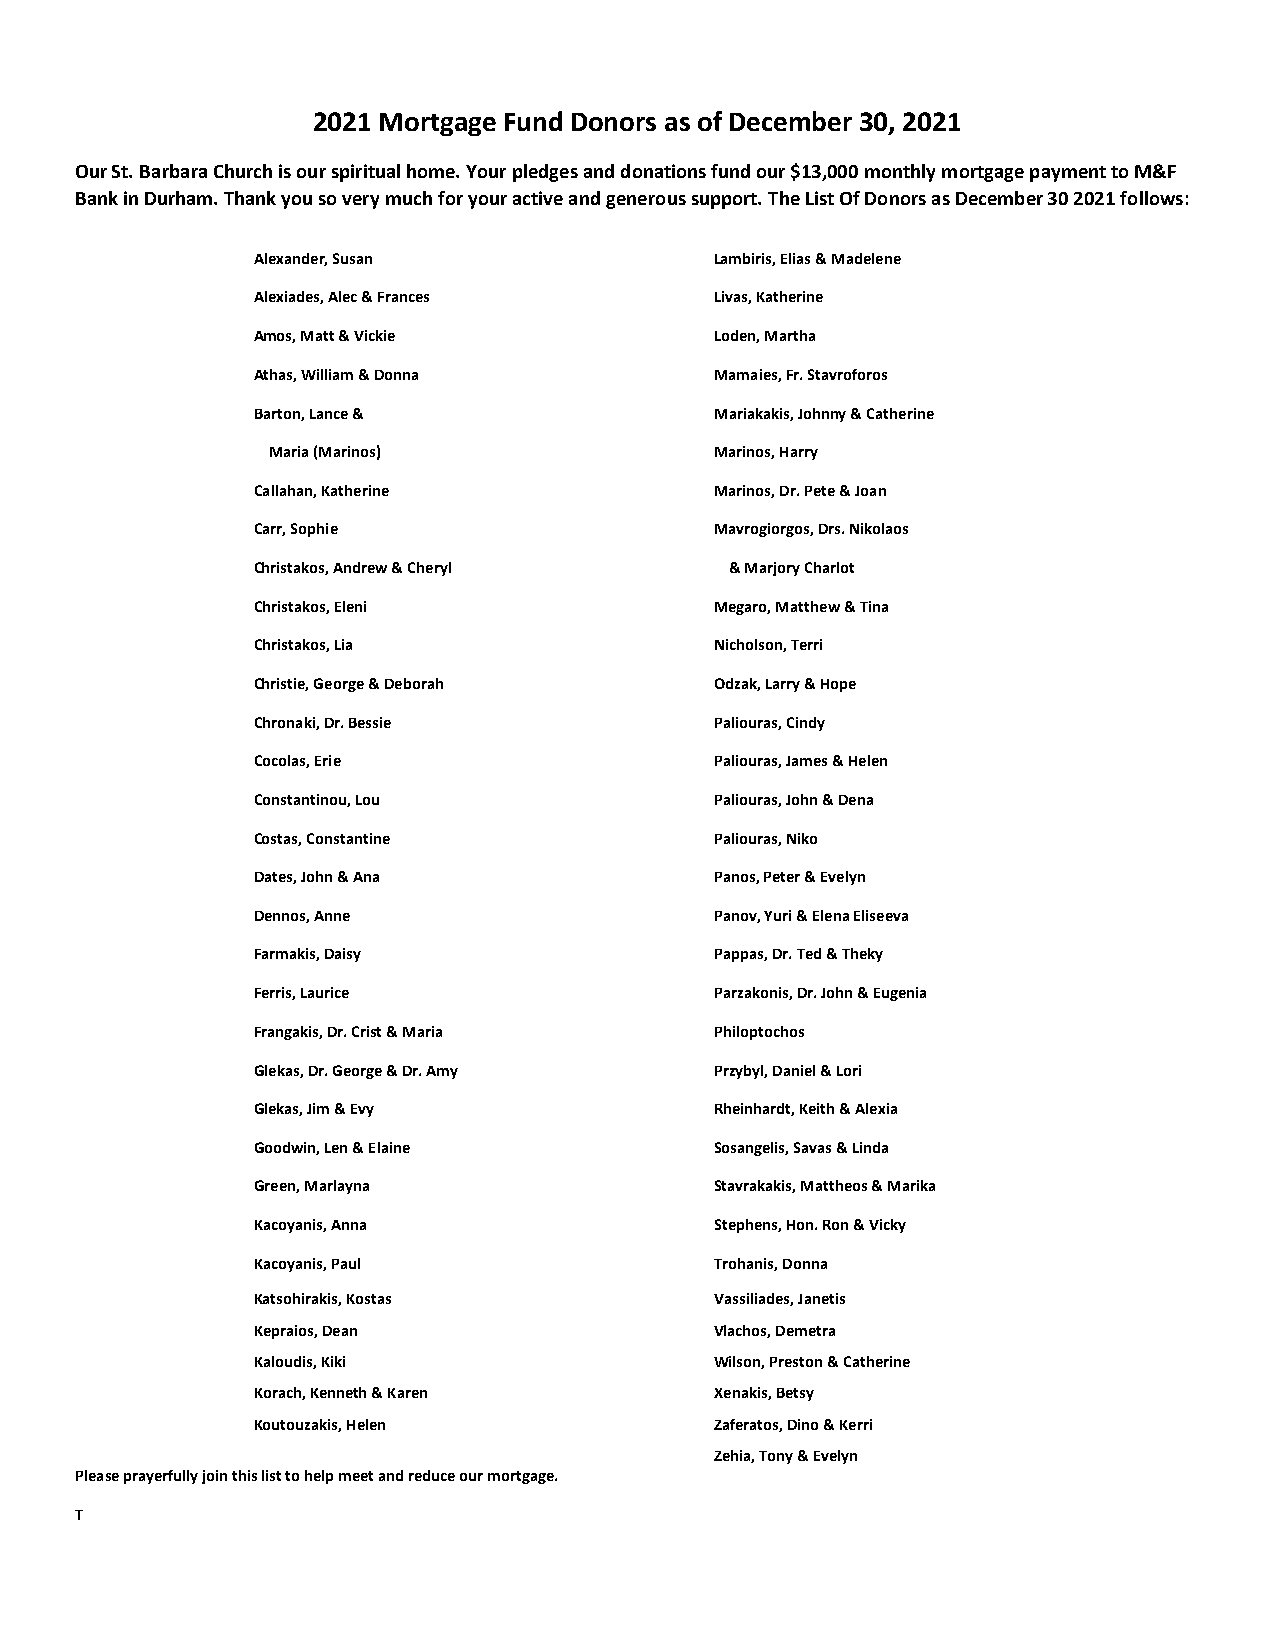
2021 Mortgage Fund Donors as of December 30, 2021
 Our St. Barbara Church is our spiritual home. Your pledges and donations fund our $13,000 monthly mortgage payment to M&F
 Bank in Durham. Thank you so very much for your active and generous support. The List Of Donors as December 30 2021 follows:
 Alexander, Susan              Lambiris, Elias & Madelene
 Alexiades, Alec & Frances     Livas, Katherine
 Amos, Matt & Vickie           Loden, Martha
 Athas, William & Donna        Mamaies, Fr. Stavroforos
 Barton, Lance &               Mariakakis, Johnny & Catherine
 Maria (Marinos)              Marinos, Harry
 Callahan, Katherine           Marinos, Dr. Pete & Joan
 Carr, Sophie                  Mavrogiorgos, Drs. Nikolaos
 Christakos, Andrew & Cheryl    & Marjory Charlot
 Christakos, Eleni             Megaro, Matthew & Tina
 Christakos, Lia               Nicholson, Terri
 Christie, George & Deborah    Odzak, Larry & Hope
 Chronaki, Dr. Bessie          Paliouras, Cindy
 Cocolas, Erie                 Paliouras, James & Helen
 Constantinou, Lou             Paliouras, John & Dena
 Costas, Constantine           Paliouras, Niko
 Dates, John & Ana             Panos, Peter & Evelyn
 Dennos, Anne                  Panov, Yuri & Elena Eliseeva
 Farmakis, Daisy               Pappas, Dr. Ted & Theky
 Ferris, Laurice               Parzakonis, Dr. John & Eugenia
 Frangakis, Dr. Crist & Maria  Philoptochos
 Glekas, Dr. George & Dr. Amy  Przybyl, Daniel & Lori
 Glekas, Jim & Evy             Rheinhardt, Keith & Alexia
 Goodwin, Len & Elaine         Sosangelis, Savas & Linda
 Green, Marlayna               Stavrakakis, Mattheos & Marika
 Kacoyanis, Anna               Stephens, Hon. Ron & Vicky
 Kacoyanis, Paul               Trohanis, Donna
 Katsohirakis, Kostas          Vassiliades, Janetis
 Kepraios, Dean                Vlachos, Demetra
 Kaloudis, Kiki                Wilson, Preston & Catherine
 Korach, Kenneth & Karen       Xenakis, Betsy
 Koutouzakis, Helen            Zaferatos, Dino & Kerri
 Zehia, Tony & Evelyn
 Please prayerfully join this list to help meet and reduce our mortgage.
 T